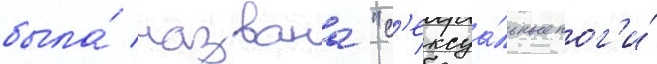
была́ названа "с'ексуа́льные ног'и́